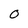
Character: O